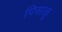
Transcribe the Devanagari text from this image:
पिसाळू